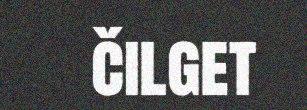
čilget